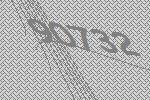
90732